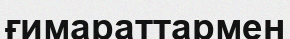
ғимараттармен